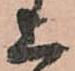
上